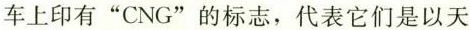
车上印有“CNG”的标志，代表它们是以天